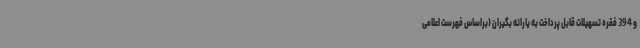
و 394 فقره تسهیلات قابل پرداخت به یارانه بگیران (براساس فهرست اعلامی